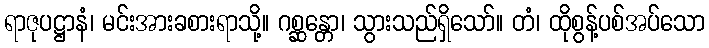
ရာဇုပဋ္ဌာနံ၊ မင်းအားခစားရာသို့။ ဂစ္ဆန္တော၊ သွားသည်ရှိသော်။ တံ၊ ထိုစွန့်ပစ်အပ်သော